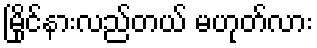
မြိုင်နားလည်တယ် မဟုတ်လား